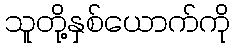
သူတို့နှစ်ယောက်ကို